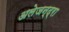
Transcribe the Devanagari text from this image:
अलेजन्द्रा